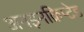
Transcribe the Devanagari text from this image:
अनइनक्रिप्टेड